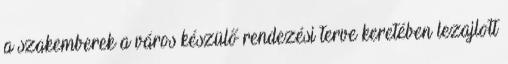
a szakemberek a város készülő rendezési terve keretében lezajlott